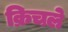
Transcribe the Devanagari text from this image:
क्रिचले